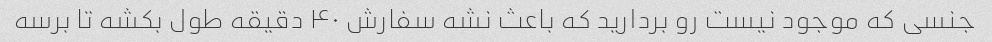
جنسی که موجود نیست رو بردارید که باعث نشه سفارش ۴۰ دقیقه طول بکشه تا برسه